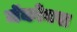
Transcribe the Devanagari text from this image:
जॅकोबस